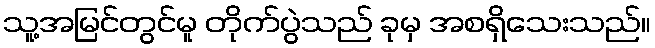
သူ့အမြင်တွင်မူ တိုက်ပွဲသည် ခုမှ အစရှိသေးသည်။